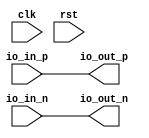
module diff_buffer (
    input wire clk,
    input wire rst,
    input wire io_in_p,
    input wire io_in_n,
    output wire io_out_p,
    output wire io_out_n
);

// Define parameters for drive strength, slew rate control, and impedance matching
parameter DRIVE_STRENGTH = 4'b1111; // Adjustable drive strength
parameter SLEW_RATE = 2'b01; // Slew rate control
parameter IMPEDANCE_MATCH = 1'b1; // Impedance matching enabled

// Define ESD protection and signal integrity optimization measures
reg esd_protection;
reg signal_integrity;

// Implement the differential bidirectional buffer
assign io_out_p = io_in_p;
assign io_out_n = io_in_n;

endmodule